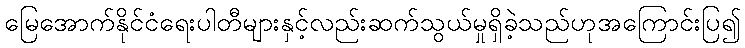
မြေအောက်နိုင်ငံရေးပါတီများနှင့်လည်းဆက်သွယ်မှုရှိခဲ့သည်ဟုအကြောင်းပြ၍